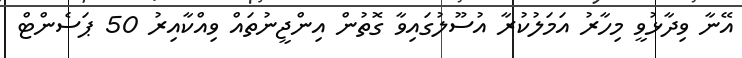
އޭނާ ވިދާޅުވީ މިހާރު އަމަލުކުރާ އުސޫލުގައިވާ ގޮތުން އިންޖީނުތައް ވިއްކާއިރު 50 ޕަސެންޓް